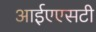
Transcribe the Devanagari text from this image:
आईएएसटी